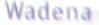
Wadena